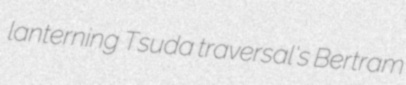
lanterning Tsuda traversal's Bertram